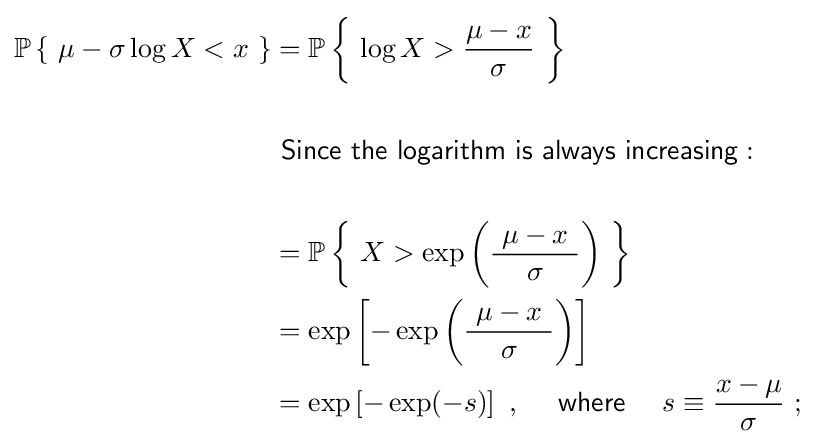
{\begin{aligned}\operatorname {\mathbb {P} } \left\{\ \mu -\sigma \log X<x\ \right\}&=\operatorname {\mathbb {P} } \left\{\ \log X>{\frac {\mu -x}{\sigma }}\ \right\}\\{}\\&{\mathsf {\ Since\ the\ logarithm\ is\ always\ increasing:\ }}\\{}\\&=\operatorname {\mathbb {P} } \left\{\ X>\exp \left({\frac {\ \mu -x\ }{\sigma }}\right)\ \right\}\\&=\exp \left[-\exp \left({\frac {\ \mu -x\ }{\sigma }}\right)\right]\\&=\exp \left[-\exp(-s)\right]\ ,\quad ~{\mathsf {where}}~\quad s\equiv {\frac {x-\mu }{\sigma }}\ ;\end{aligned}}